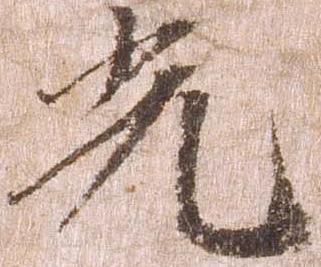
光